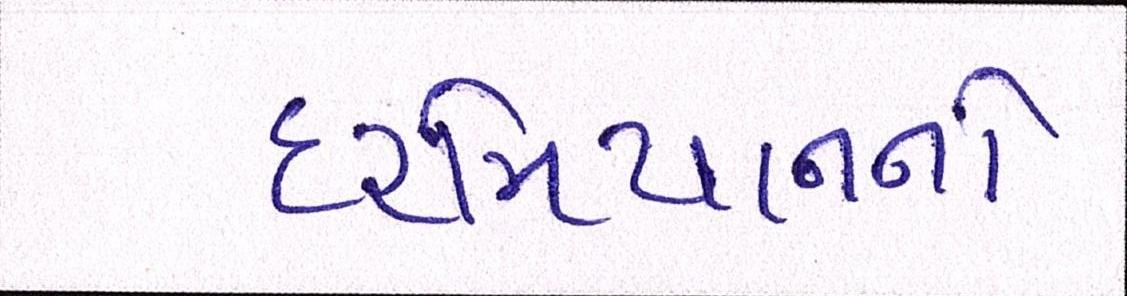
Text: દરમિયાનનો